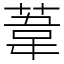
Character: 葦